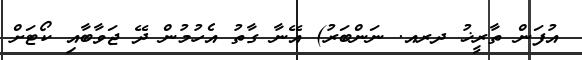
އުފަން ތާރީޚު ދރއ. ނަންބަރު) އޭނާ ގާތު އެހުމުން ދޭ ޖަވާބާއި ކޯޓަށް